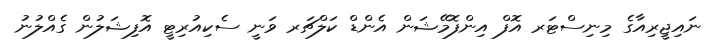
ނައިޖީރިއާގެ މިނިސްޓަރ އޮފް އިންފޮމޭޝަން އެންޑް ކަލްޗަރ ވަނީ ސެކިއުރިޓީ އޮފިޝަލުން ގެއްލުނު